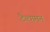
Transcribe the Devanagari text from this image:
टैल्गमन